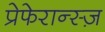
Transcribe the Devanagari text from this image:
प्रेफेरान्स्ज़